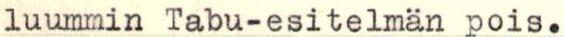
luummin Tabu-esitelmän pois.